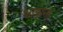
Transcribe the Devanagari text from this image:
अल्लाना